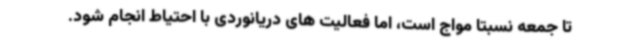
تا جمعه نسبتا مواج است، اما فعالیت های دریانوردی با احتیاط انجام شود.